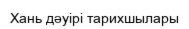
Хань дәуірі тарихшылары